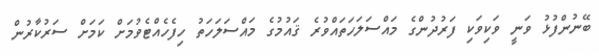
ބޭނުންފުޅު ވަނީ ވަކިވަކި ފަރުދުންގެ މައްސަލަހަތައްވުރެ ޤައުމުގެ މައްސަލަހަތު ހިފެހެއްޓެވުމަށް ކަމަށް ސަރުކާރުން